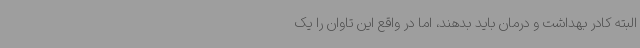
البته کادر بهداشت و درمان باید بدهند، اما در واقع این تاوان را یک